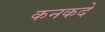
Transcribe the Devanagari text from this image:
कनकदे